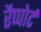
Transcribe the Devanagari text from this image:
रैप्पोर्ट